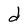
Character: d